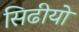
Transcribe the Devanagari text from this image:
सिढीयो